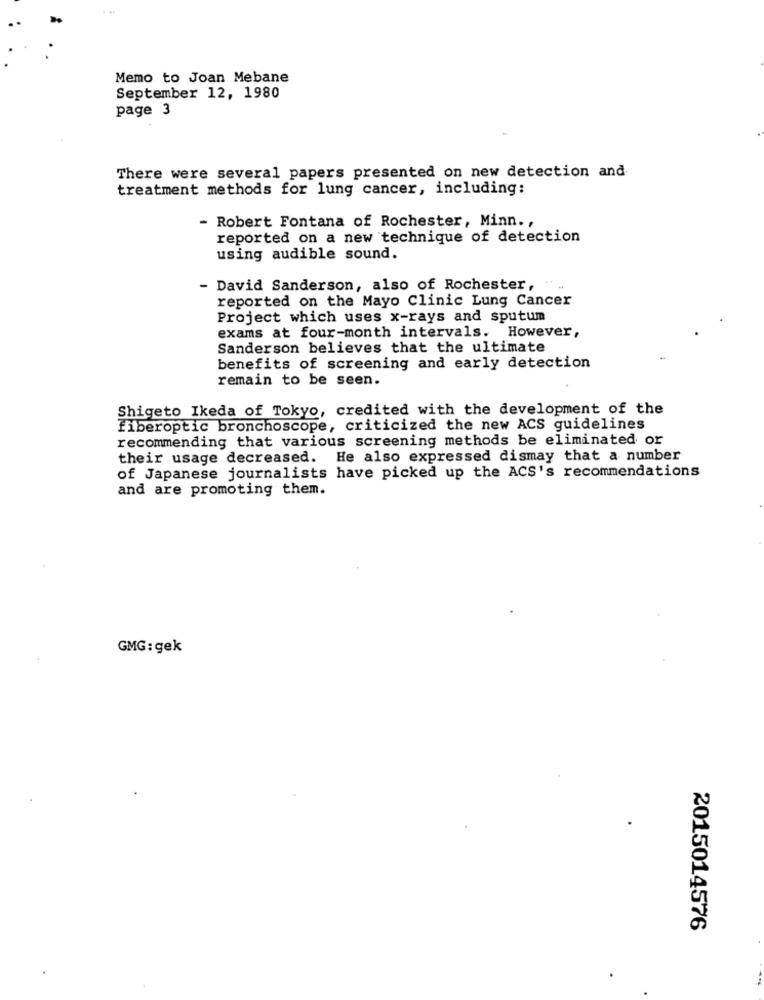
Memo to Joan Mebane
September 12, 1980
page 3
There were several papers presented on new detection and
treatment methods for lung cancer, including:
- Robert Fontana of Rochester, Minn .,
reported on a new technique of detection
using audible sound.
- David Sanderson, also of Rochester, ".
reported on the Mayo Clinic Lung Cancer
Project which uses x-rays and sputum
exams at four-month intervals. However,
Sanderson believes that the ultimate
benefits of screening and early detection
remain to be seen.
Shigeto Ikeda of Tokyo, credited with the development of the
fiberoptic bronchoscope, criticized the new ACS guidelines
recommending that various screening methods be eliminated or
their usage decreased. He also expressed dismay that a number
of Japanese journalists have picked up the ACS's recommendations
and are promoting them.
GMG: gek
2015014576
.